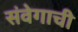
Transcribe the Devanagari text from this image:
संवेगाची